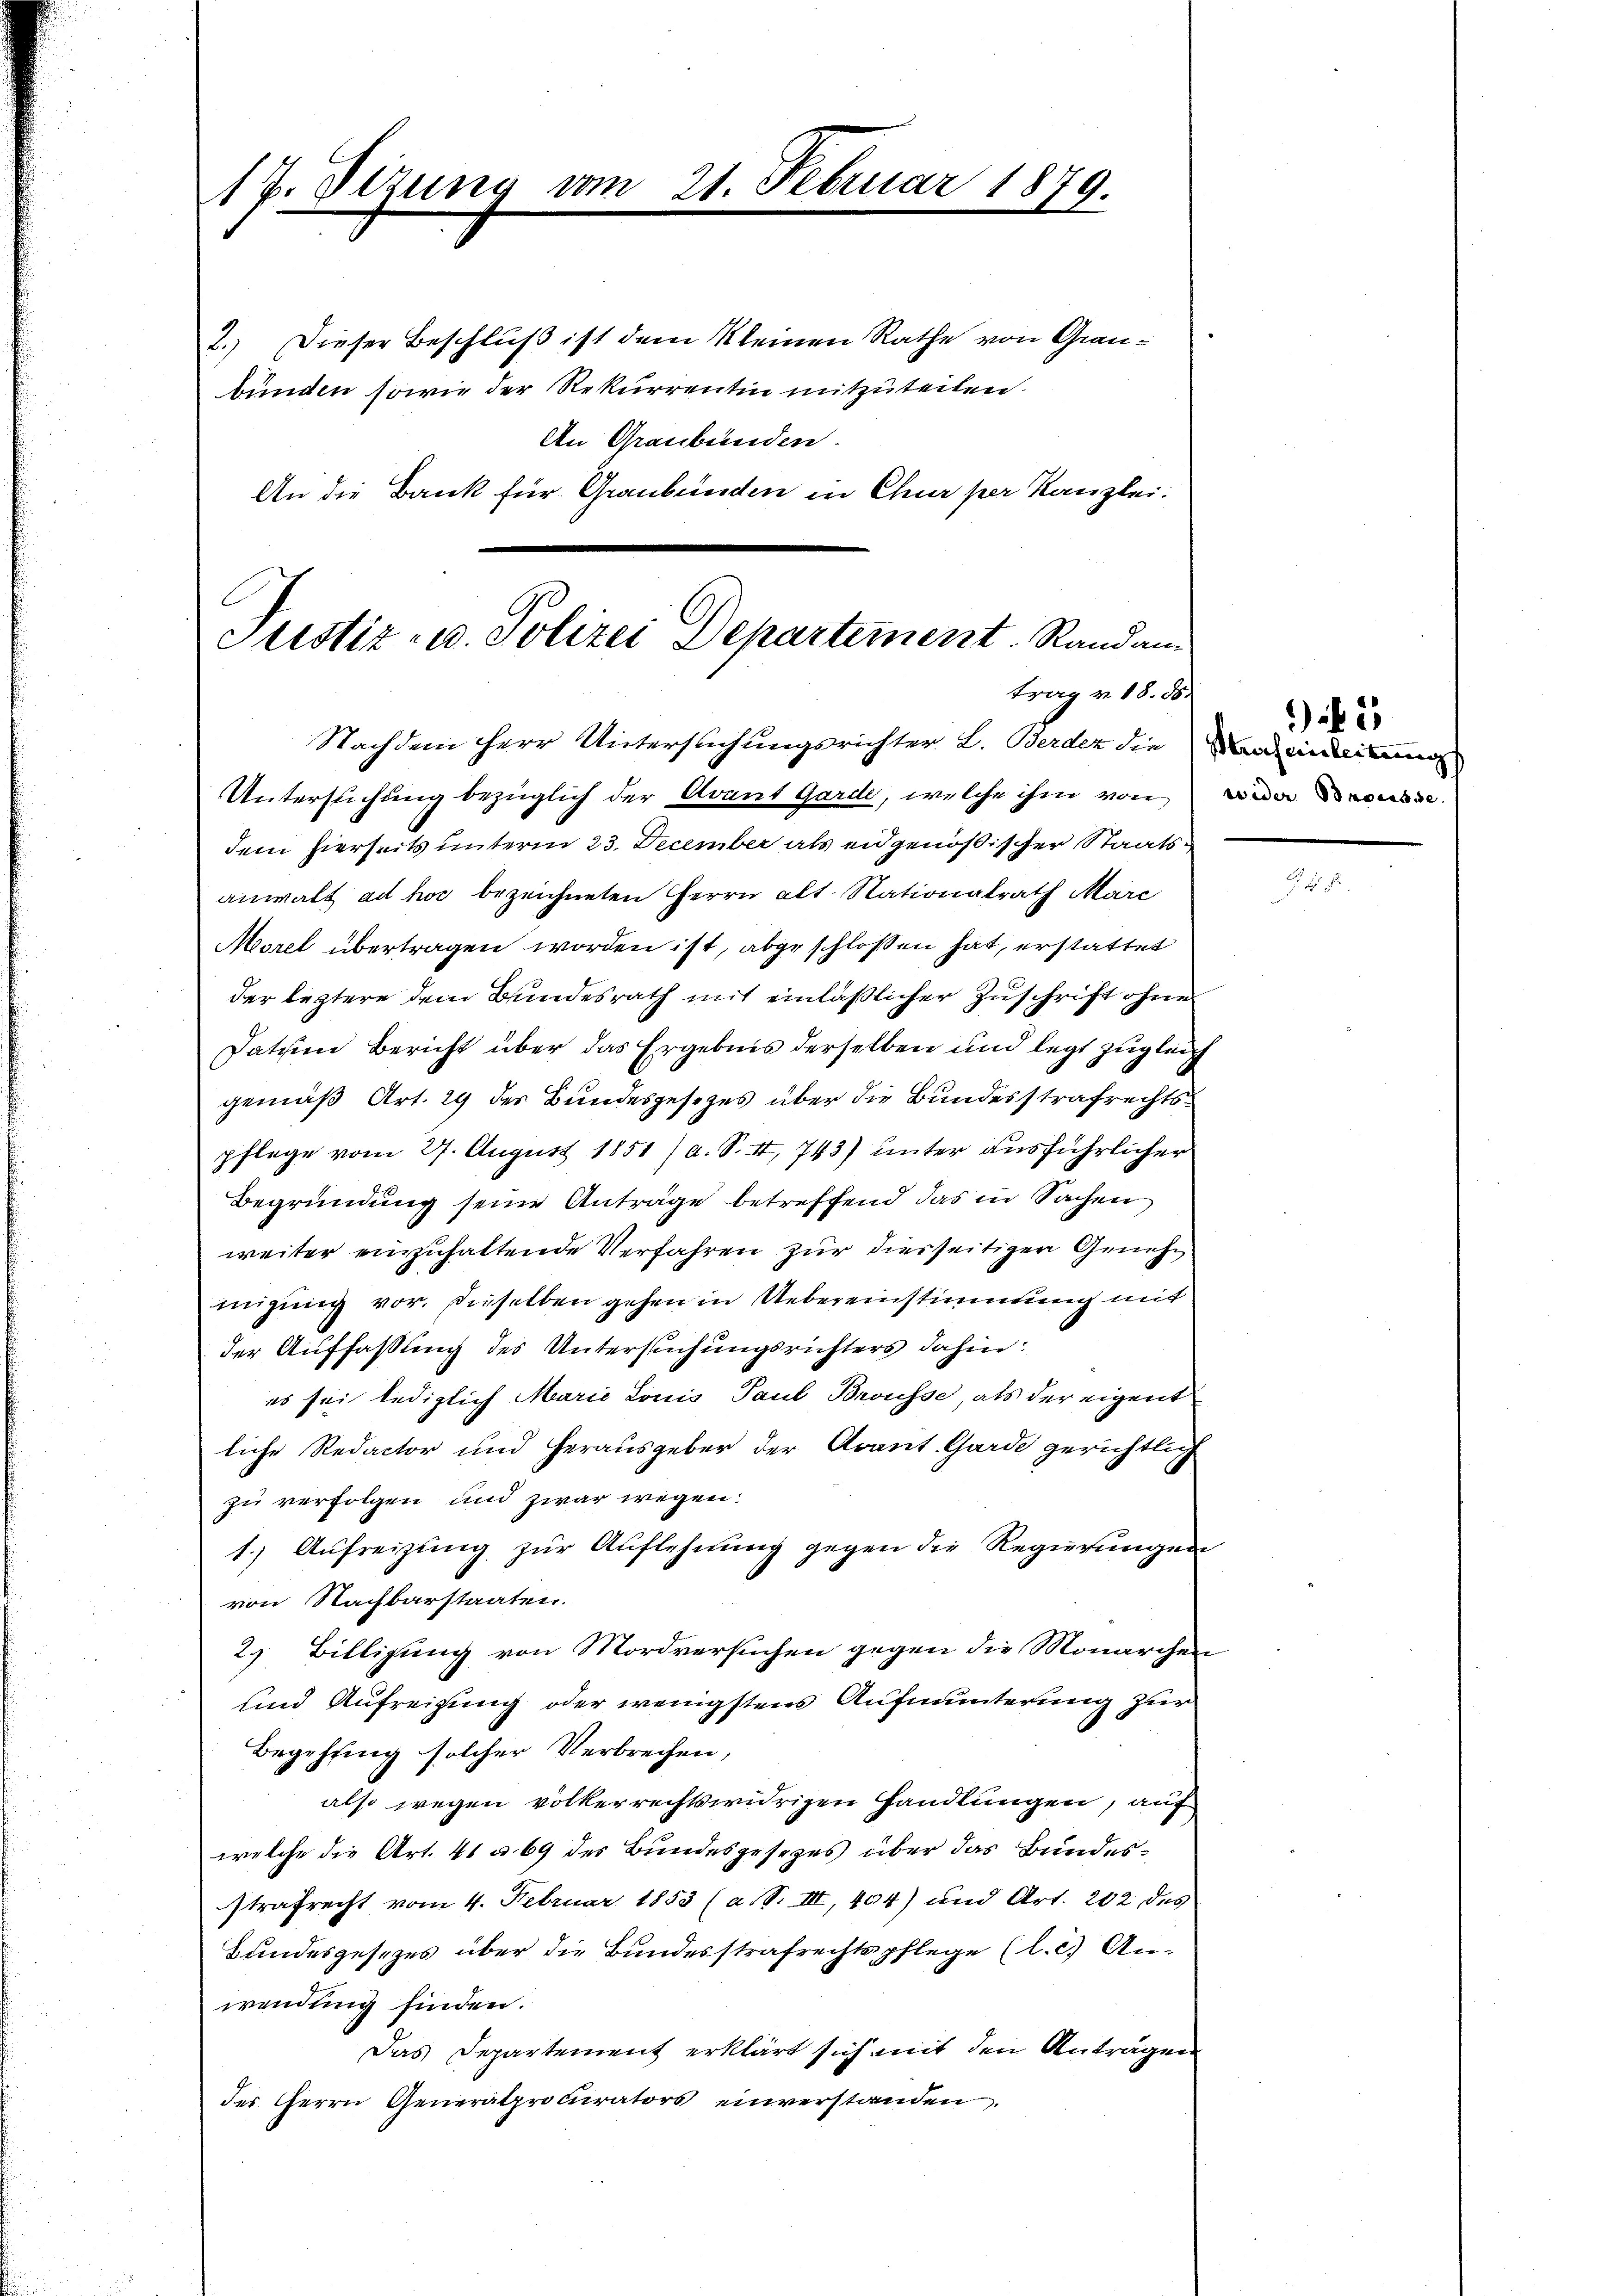
17. Stzung vom 21. Februar 1879.
2.) Dieser Beschluß ist dem Kleinen Rathe von Graubunden sowie der Rekurrentin mitzuteilen.
An Graubünden.
An die Bank für Graubünden in Chur per Kanzlei:

Justiz- u. Polizei Departement. Randan
trag v. 18. 58.
Nachdem HHerr Untersuchungsrichter L. Berder die Bandendein
Untersuchung bezüglich der Avant Garde, welche ihm von

dem hierseits unterm 23. December als eidgenößischer Staatsanwalt ad hoc bezeichneten Herrn alt. Nationalrath Marc
Morel übertragen worden ist, abgeschloßen hat, erstattet
der leztere dem Bundesrath mit einläßlicher Zuschrift ohne
Datien Bericht über das Ergebnis derselben und legt zugleich
gemäß Art. 29 des Bundesgesezes über die Bundesstrafrechtspflege vom 27. August 1851 / a. S. II, 743) unter ausführlicher
Begründung seine Anträge betreffend das in Sachen
weiter einzuhaltende Verfahren zur diesseitigen Genehmigung vor. dieselben gehen in Uebereinstimmung mit
der Auffassung des Untersuchungsrichters dahin:
es sei lediglich Marie Louis Paul Brousse, als der eigent
liche Redactor und herausgeber der Avant. Garde gerichtlich
zu verfolgen und zwar wegen:
1.) Aufreizung zur Auflehnung gegen die Regierungen
von Nachbarstaaten.
2. Billigung von Mordversuchen gegen die Monarchen
und Aufreizung oder wenigstens Aufmunterung zur
Begehung solcher Verbrechen,
also wegen völkerrechtswidrigen Handlungen, auf
welche die Art. 41 u. 69 des Bundesgesezes über das Bundesstrafrecht vom 4. Februar 1853 (a. S. III., 404) und Art. 202 des
Bundesgesezes über die Bundesstrafrechtspflege (l. c.) Anwendung finden.
Das Departement erklärt sich mit den Antragen
des Herrn Generalprocurators einverstanden.

) 25
wider Begresse